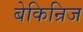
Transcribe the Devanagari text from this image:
बेकिन्रिज